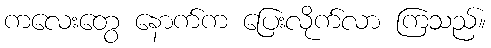
ကလေးတွေ နောက်က ပြေးလိုက်လာ ကြသည်။